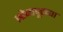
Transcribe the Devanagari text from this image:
सोनापूरच्या